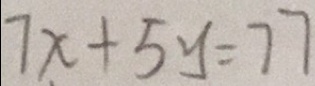
7 x + 5 y = 7 7